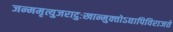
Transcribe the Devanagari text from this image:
जन्ममृत्युजरादुःखान्मुक्‍तोऽद्यापिविराजते